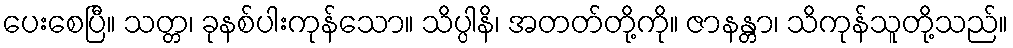
ပေးစေပြီ။ သတ္တ၊ ခုနစ်ပါးကုန်သော။ သိပ္ပါနိ၊ အတတ်တို့ကို။ ဇာနန္တာ၊ သိကုန်သူတို့သည်။